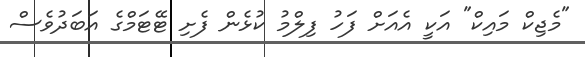
"މެޖިކް މައިކް" އަކީ އެއަށް ފަހު ފިލްމު ކުޅެން ފެށި ޓޭޓަމްގެ އަބަދުވެސް